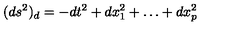
( d s ^ { 2 } ) _ { d } = - d t ^ { 2 } + d x _ { 1 } ^ { 2 } + \ldots + d x _ { p } ^ { 2 }